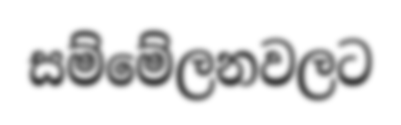
සම්මේලනවලට